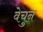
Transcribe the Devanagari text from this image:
वेचुन